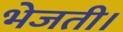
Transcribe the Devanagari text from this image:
भेजती।